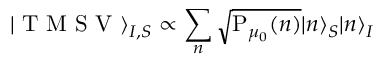
\vert \mathrm { ~ T ~ M ~ S ~ V ~ } \rangle _ { I , S } \propto \sum _ { n } \sqrt { \mathrm { P } _ { \mu _ { 0 } } ( n ) } \vert n \rangle _ { S } \vert n \rangle _ { I }